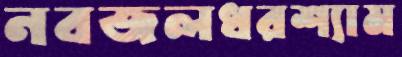
নবজলধরশ্যাম